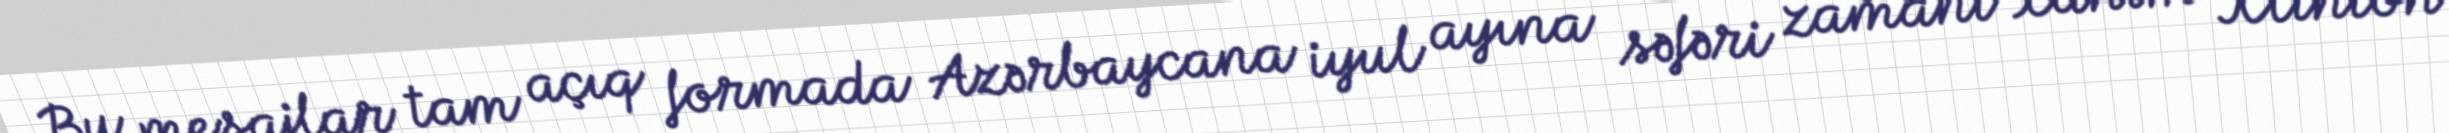
Bu mesajlar tam açıq formada Azərbaycana iyul ayına səfəri zamanı xanım Klinton